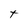
Character: t